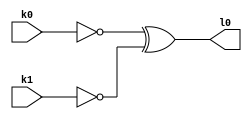
/**
 * K0&K1: ->LED0
**/

module xor_gate (
	input k0,
	input k1,
	output l0
);

assign l0 = ((!k0) ^ (!k1));

endmodule